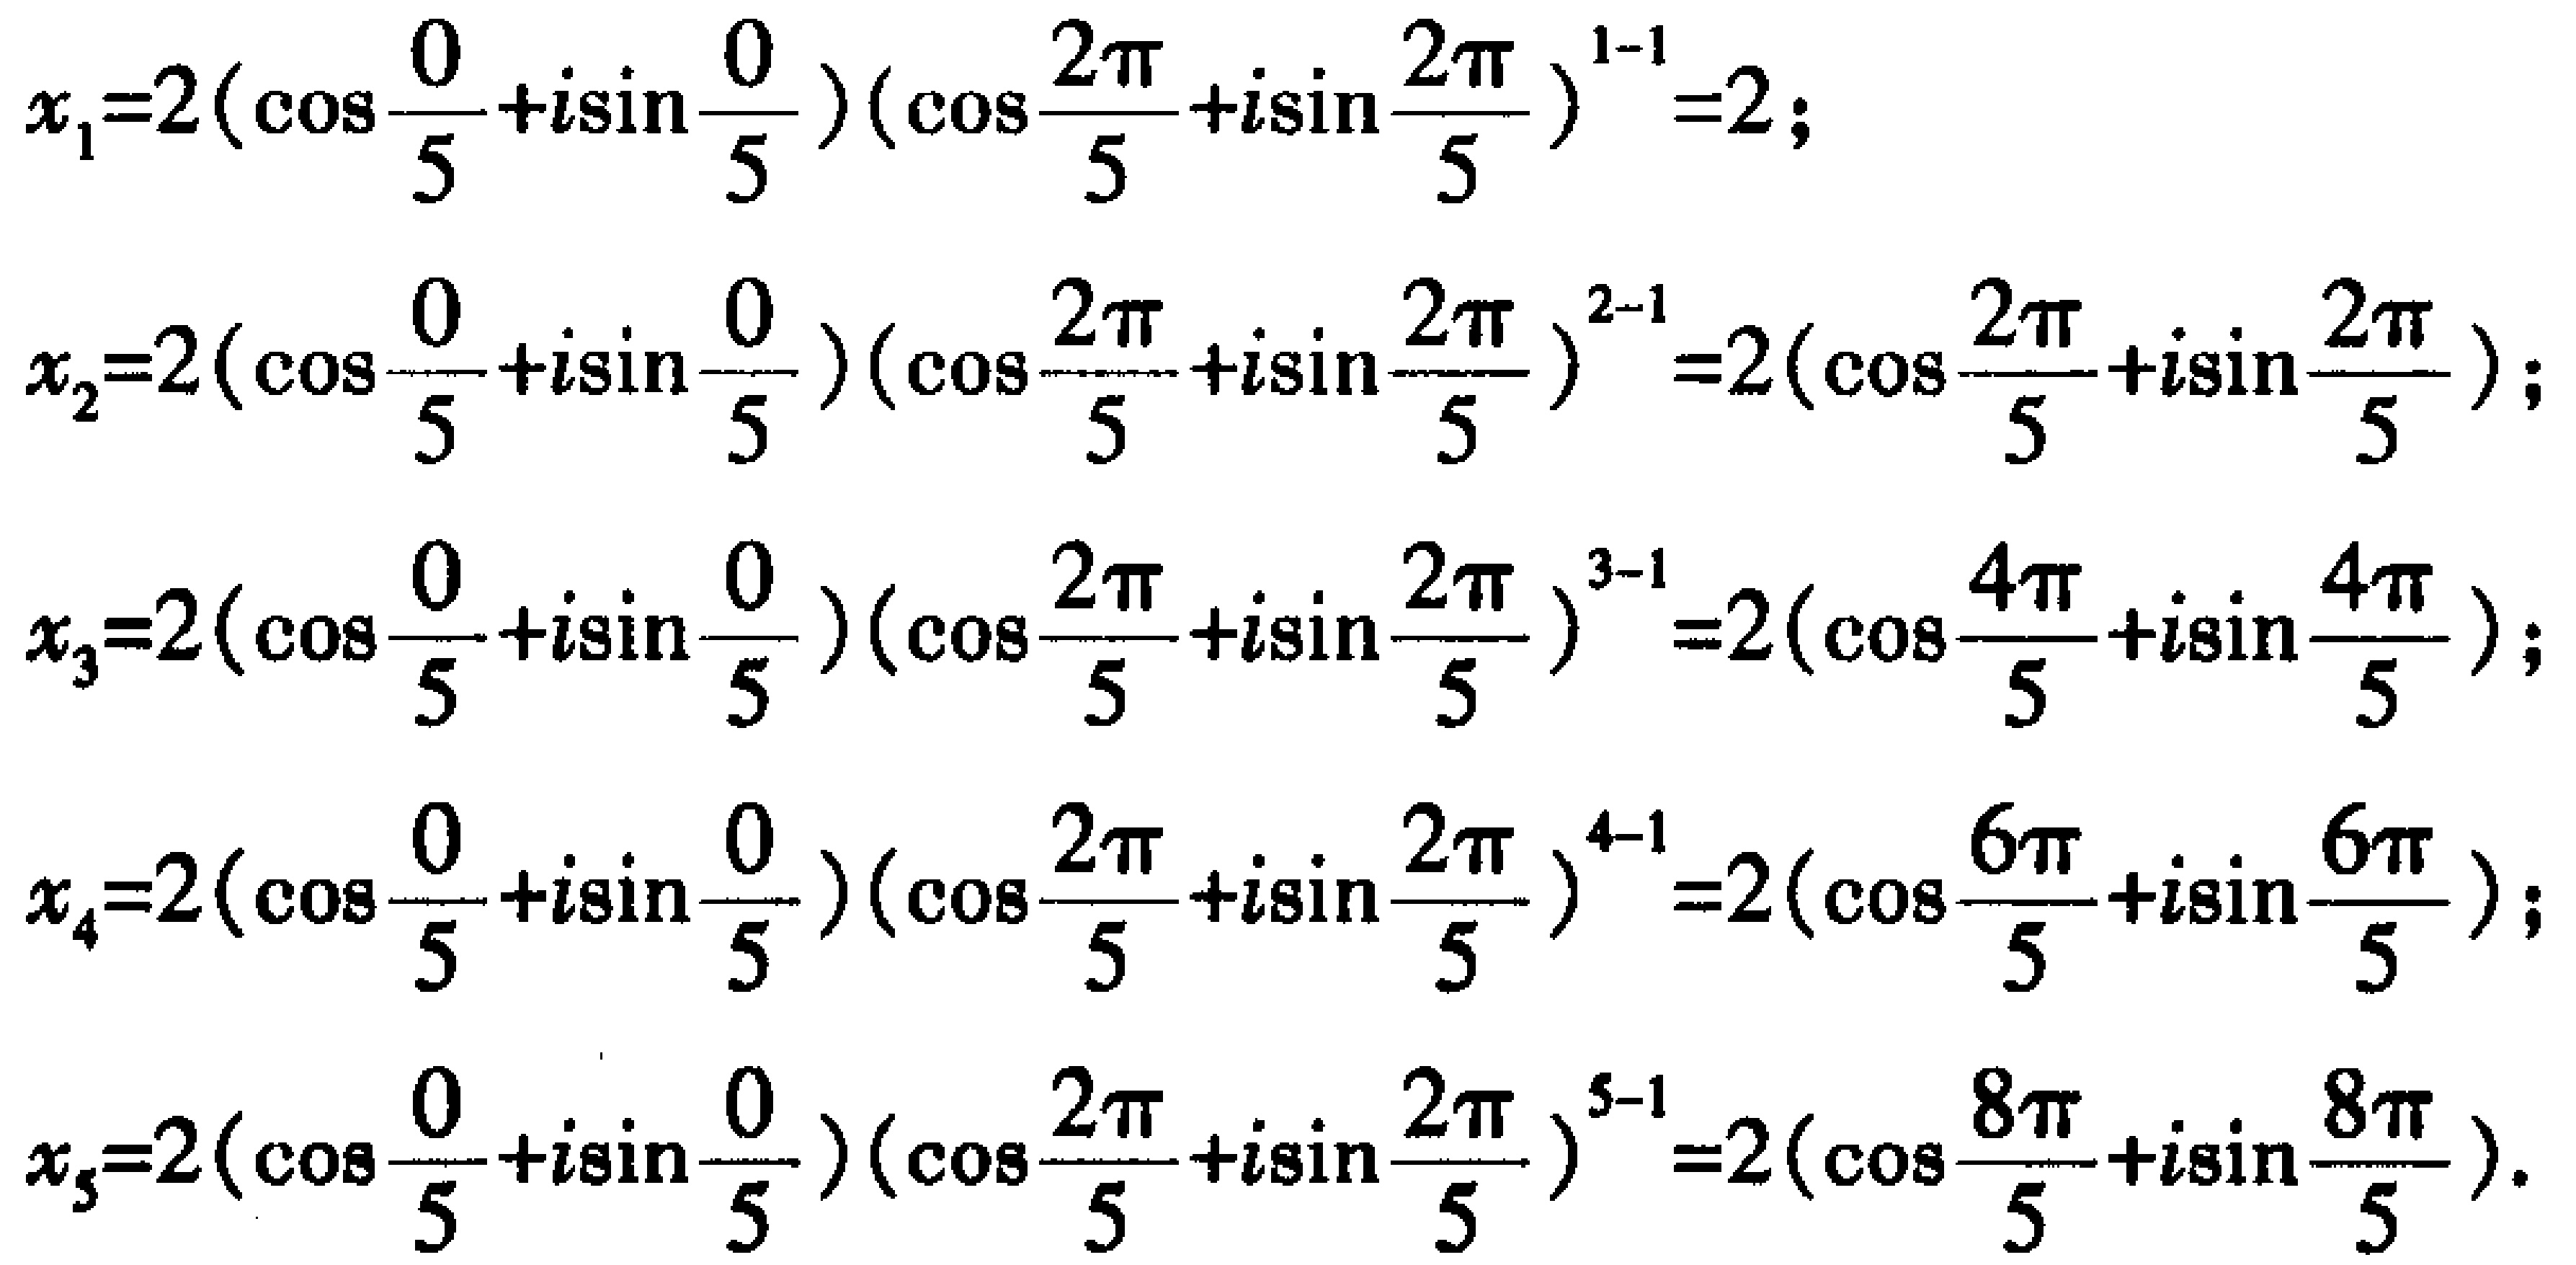
\[
\begin{align*}
x_{1}&=2(\cos\frac{0}{5}+i\sin\frac{0}{5})(\cos\frac{2\pi}{5}+i\sin\frac{2\pi}{5})^{1 - 1}=2;\\
x_{2}&=2(\cos\frac{0}{5}+i\sin\frac{0}{5})(\cos\frac{2\pi}{5}+i\sin\frac{2\pi}{5})^{2 - 1}=2(\cos\frac{2\pi}{5}+i\sin\frac{2\pi}{5});\\
x_{3}&=2(\cos\frac{0}{5}+i\sin\frac{0}{5})(\cos\frac{2\pi}{5}+i\sin\frac{2\pi}{5})^{3 - 1}=2(\cos\frac{4\pi}{5}+i\sin\frac{4\pi}{5});\\
x_{4}&=2(\cos\frac{0}{5}+i\sin\frac{0}{5})(\cos\frac{2\pi}{5}+i\sin\frac{2\pi}{5})^{4 - 1}=2(\cos\frac{6\pi}{5}+i\sin\frac{6\pi}{5});\\
x_{5}&=2(\cos\frac{0}{5}+i\sin\frac{0}{5})(\cos\frac{2\pi}{5}+i\sin\frac{2\pi}{5})^{5 - 1}=2(\cos\frac{8\pi}{5}+i\sin\frac{8\pi}{5}).
\end{align*}
\]